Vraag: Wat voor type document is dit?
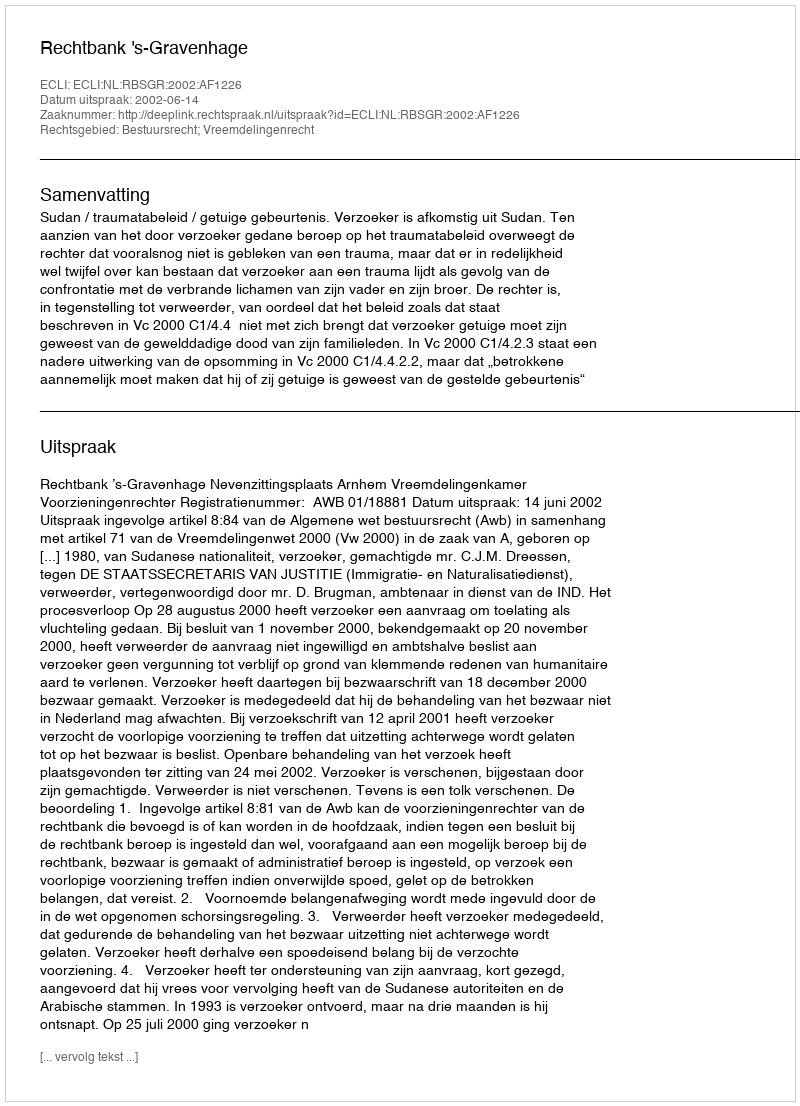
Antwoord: Uitspraak